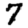
Digit: 7